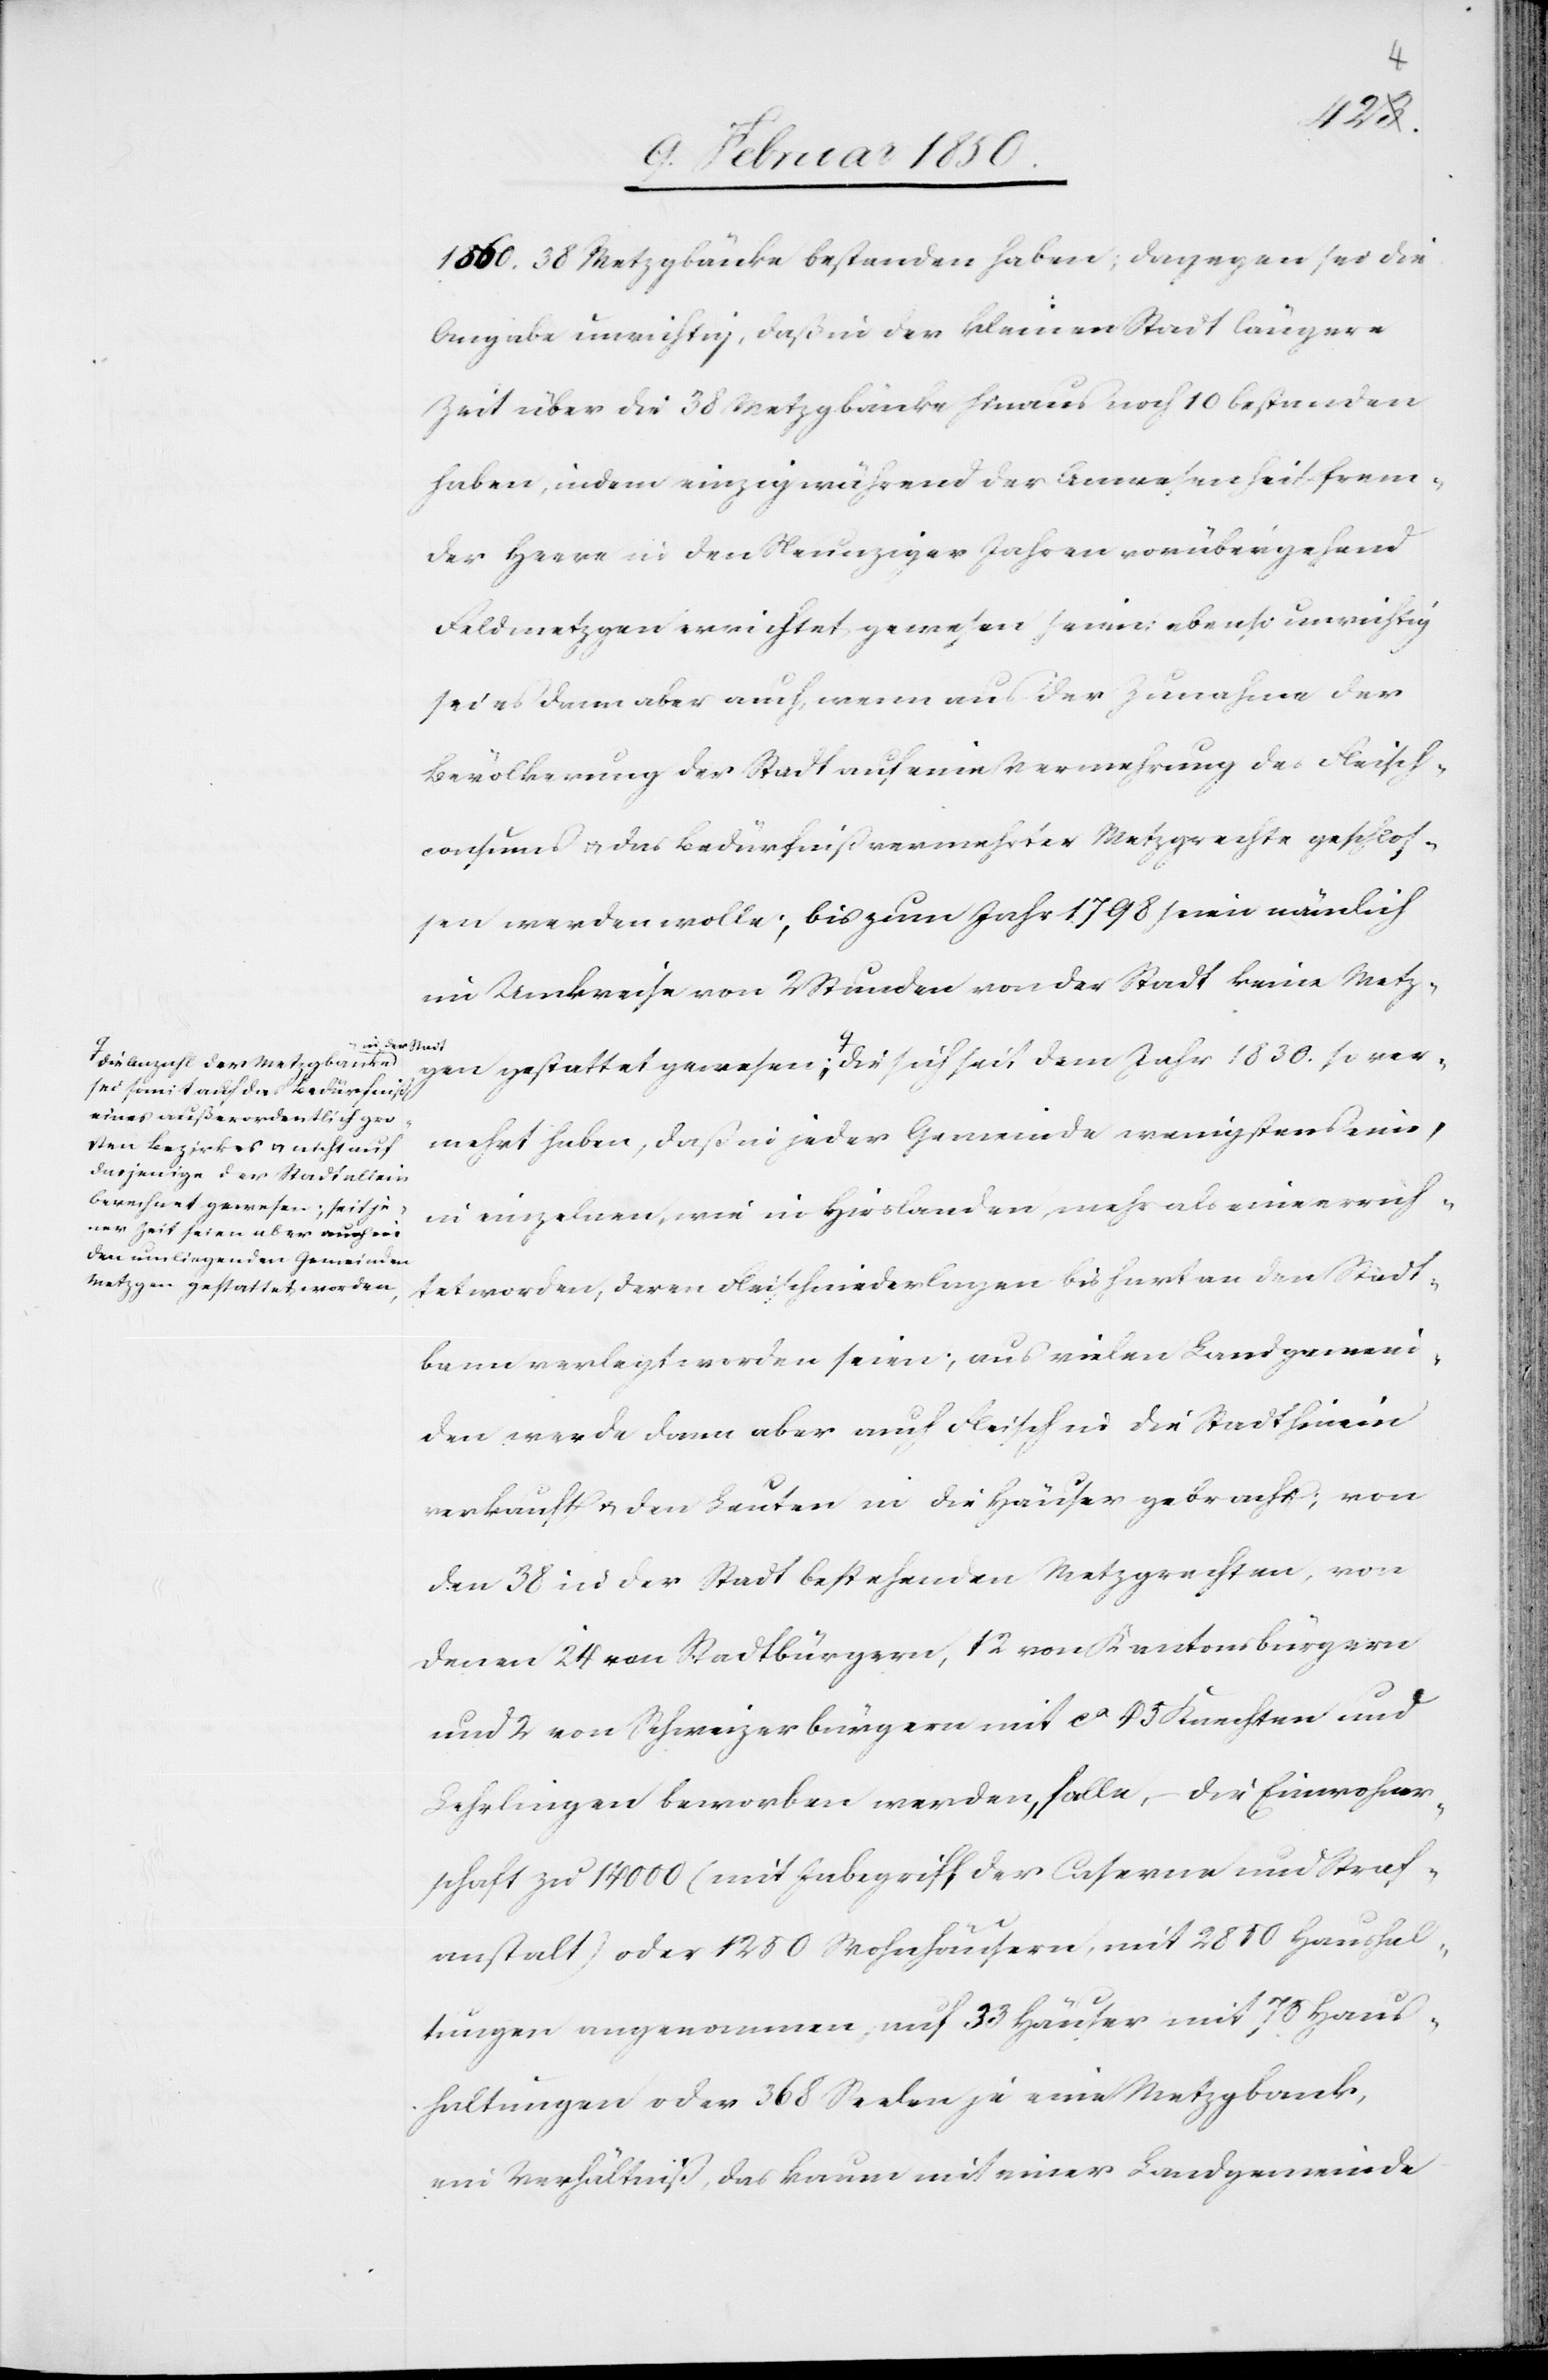
so ver¬
1560. 38 Metzgbänke bestanden haben; dagegen sei die
Angabe unrichtig, daß in der kleinen Stadt längere
Zeit über die 38 Metzgbänke hinaus noch 10 bestanden
haben, indem einzig während der Anwesenheit frem¬
der Heere in den Neunziger Jahren vorübergehend
Feldmetzgen errichtet gewesen seien; ebenso unrichtig
sei es dann aber auch, wenn aus der Zunahme der
Bevölkerung der Stadt auf eine Vermehrung des Fleisch¬
consums u. das Bedürfniß vermehrter Metzgrechte geschlos¬
sen werden wolle; bis zum Jahr 1798 seien nämlich
im Umkreise von 2 Stunden von der Stadt keine Metz¬
in der Stadt
sei somit auf das Bedürfniß
eines außerordentlich gro¬
mehrt haben, daß in jeder Gemeinde wenigstens eine,
ßen Bezirkes u. nicht auf
dasjenige der Stadt allein
berechnet gewesen; seit je¬
in einzelnen, wie in Hirslanden, mehr als eine errich¬
ner Zeit seien aber auch in
den umliegenden Gemeinden
tet worden, deren Fleischniederlagen bis hart an den Stadt¬
Metzgen gestattet worden-a,
bann verlegt worden seien; aus vielen Landgemein¬
den werde dann aber auch Fleisch in die Stadt hinein
verkauft u. den Leuten in die Häuser gebracht; von
den 38 in der Stadt bestehenden Metzgrechten, von
denen 24 von Stadtbürgern, 12 von Kantonsbürgern
und 2 von Schweizerbürgern mit ca 45 Knechten und
Lehrlingen beworben werden, falle, – die Einwohner¬
schaft zu 14000 (mit Inbegriff der Caserne und Straf¬
anstalt) oder 1250 Wohnhäusern, mit 2850 Haushal¬
tungen angenommen, auf 22 Häuser mit 75 Haus¬
haltungen oder 368 Seelen je eine Metzgbank,
ein Verhältniß, das kaum mit einer Landgemeinde